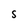
Character: S